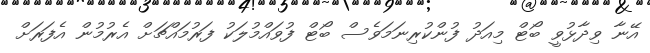
އޭނާ ވިދާޅުވީ ބޯޓް މިއަދު ފުންކުރިނަމަވެސް ބޯޓް ފުވައްމުލަކު ފަރުމައްޗަށް އެރުމުން އެފަރަށް